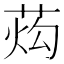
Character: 𰱙